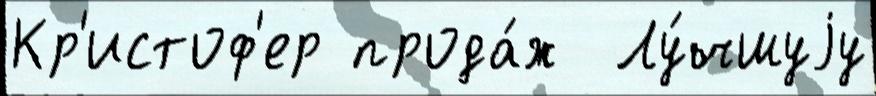
Кр'истоф'ер прода́ж  Лу́чшуjу